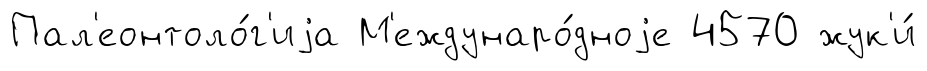
Пал'еонтоло́г'иjа М'еждунаро́дноjе 4570 жук'и́